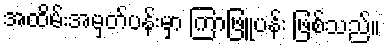
အထိမ်းအမှတ်ပန်းမှာ ကြာဖြူပန်း ဖြစ်သည်။